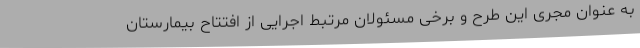
به عنوان مجری این طرح و برخی مسئولان مرتبط اجرایی از افتتاح بیمارستان